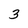
Character: 3